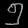
Digit: ၅